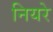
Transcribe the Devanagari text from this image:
नियरे